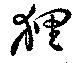
狸